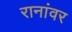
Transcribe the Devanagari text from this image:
रानांवर